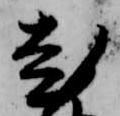
老